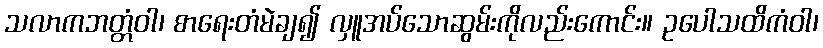
သလာကဘတ္တံဝါ၊ စာရေးတံမဲချ၍ လှူအပ်သောဆွမ်းကိုလည်းကောင်း။ ဥပေါသထိကံဝါ၊